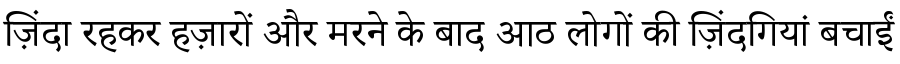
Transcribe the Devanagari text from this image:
ज़िंदा रहकर हज़ारों और मरने के बाद आठ लोगों की ज़िंदगियां बचाईं